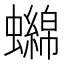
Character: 𧓭